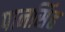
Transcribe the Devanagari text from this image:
पानसिंह